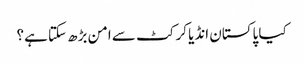
کیا پاکستان انڈیا کرکٹ سے امن بڑھ سکتا ہے؟